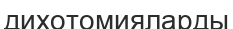
дихотомияларды